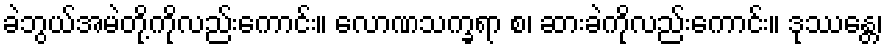
ခဲဘွယ်အမဲတို့ကိုလည်းကောင်း။ လောဏသက္ခရာ စ၊ ဆားခဲကိုလည်းကောင်း။ ဒုဿန္တေ၊